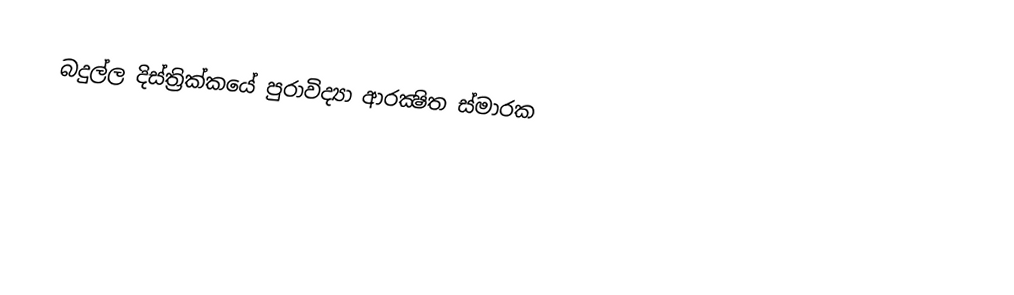
බදුල්ල දිස්ත්‍රික්කයේ පුරාවිද්‍යා ආරක්‍ෂිත ස්මාරක